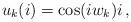
LaTeX: \begin{align*} u_k(i)=\cos(iw_k)i\,,\end{align*}